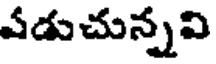
వడుచున్నవి